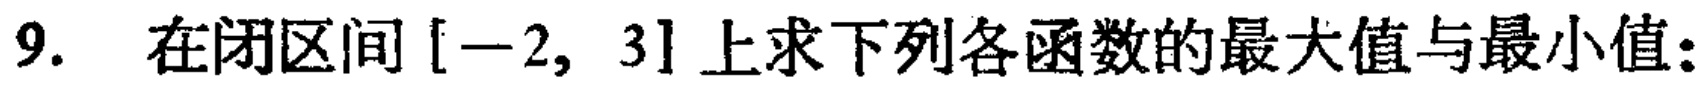
9. 在闭区间$[-2,3]$上求下列各函数的最大值与最小值：